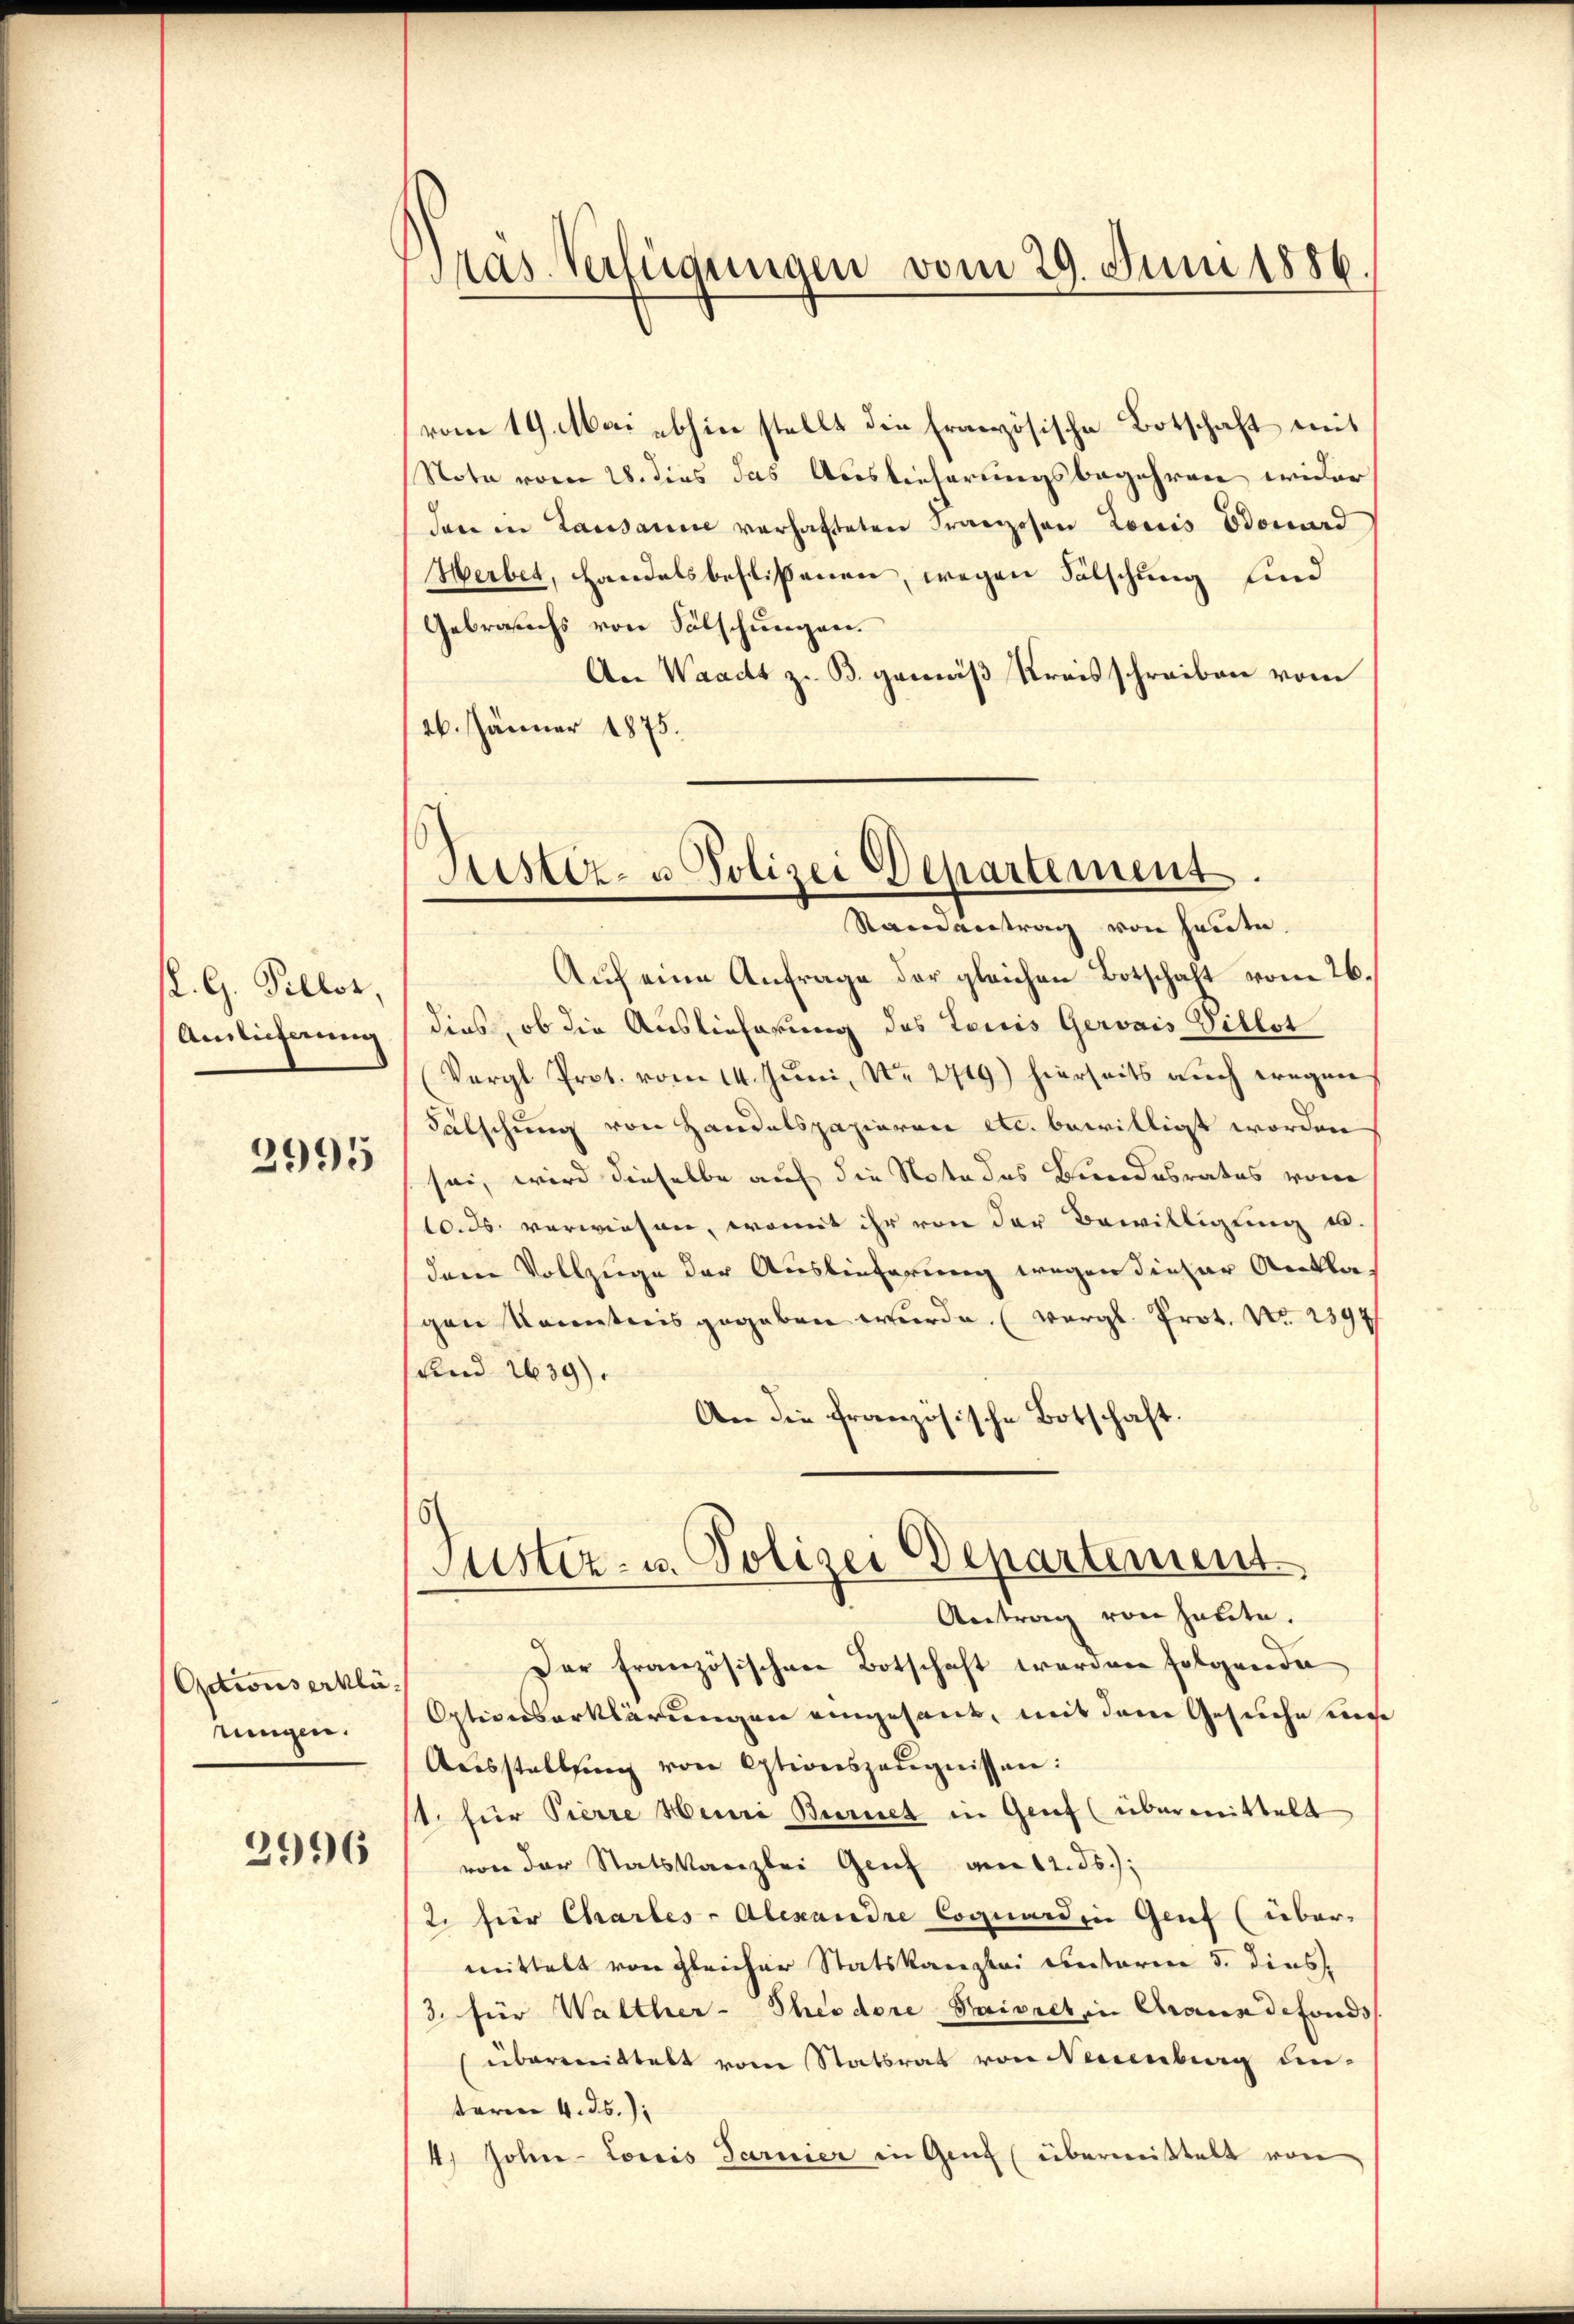
K. G. Pillos,
Amlicherung

2995

Actions erklärungen.

2996

vom 19. Mai abhin stellt die Französische Botschaft mit
Note vom 28. dies das Auslicherungsbegehren wider
dann in Lausanne verhafteten Franzosen Louis Edouard
Herbet, Handelsbeflißenen, wegen Fälschung sind
Gebrauchs von Sälschungen.
An Waadt z. B. gemäß Kreisschreiben vom
16. Jänner 1875.

ras Verfügungen vom 29. Juni 1886.

Justiz- u Polizei Departement.
Randantrag von Handen.

Auf eine Anfrage der gleichen Botschaft vom 26.
dies, ob die Auslieferung des Louis Gerais Villot
Vergl. Prot. vom 14. Juni, Nr. 2719.) hierseits auch wegen
Fälschung von Handelspazieren etc. bewilligt worden
sei, wird dieselbe auf die Nota des Bundesrates vom
10. ds. verwiesen, womit ihr von der Bewilligung in
dem Vollzuge der Auslieferung wegen dieser Anklagen Kenntnis gegeben wurde. (vergl. Prot. No. 2397
und 1639).
An die französische Botschaft.
Justiz- u. Polizei Departement
Antrag von heute.
Der französischen Botschaft werden folgende
Optionserklärungen eingesant, mit dem Gesuche meh
Aŭsstellŭng von Stionszeŭgnissen:
1. für Pierre Heine Burnet in Genf (übermittelt
von der Statskanzlei Genf am 12. ds.,
2. für Chartes - Alexandre Cognardin Genf (übermittelt von gleicher Statskanzlei unterm 5. dies¬
3. für Walther-Theodore Paivret in Graus defonds
überweittelt vom Statsrat von Neuenburg unterm 4. ds.
4) John-Loris Garnier in Genf (übermißtelt von